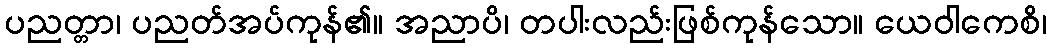
ပညတ္တာ၊ ပညတ်အပ်ကုန်၏။ အညာပိ၊ တပါးလည်းဖြစ်ကုန်သော။ ယေဝါကေစိ၊